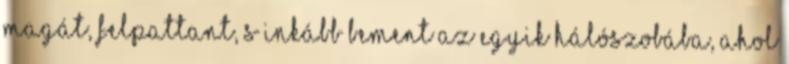
magát, felpattant, s inkább bement az egyik hálószobába, ahol